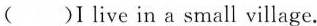
( )I live in a small village.